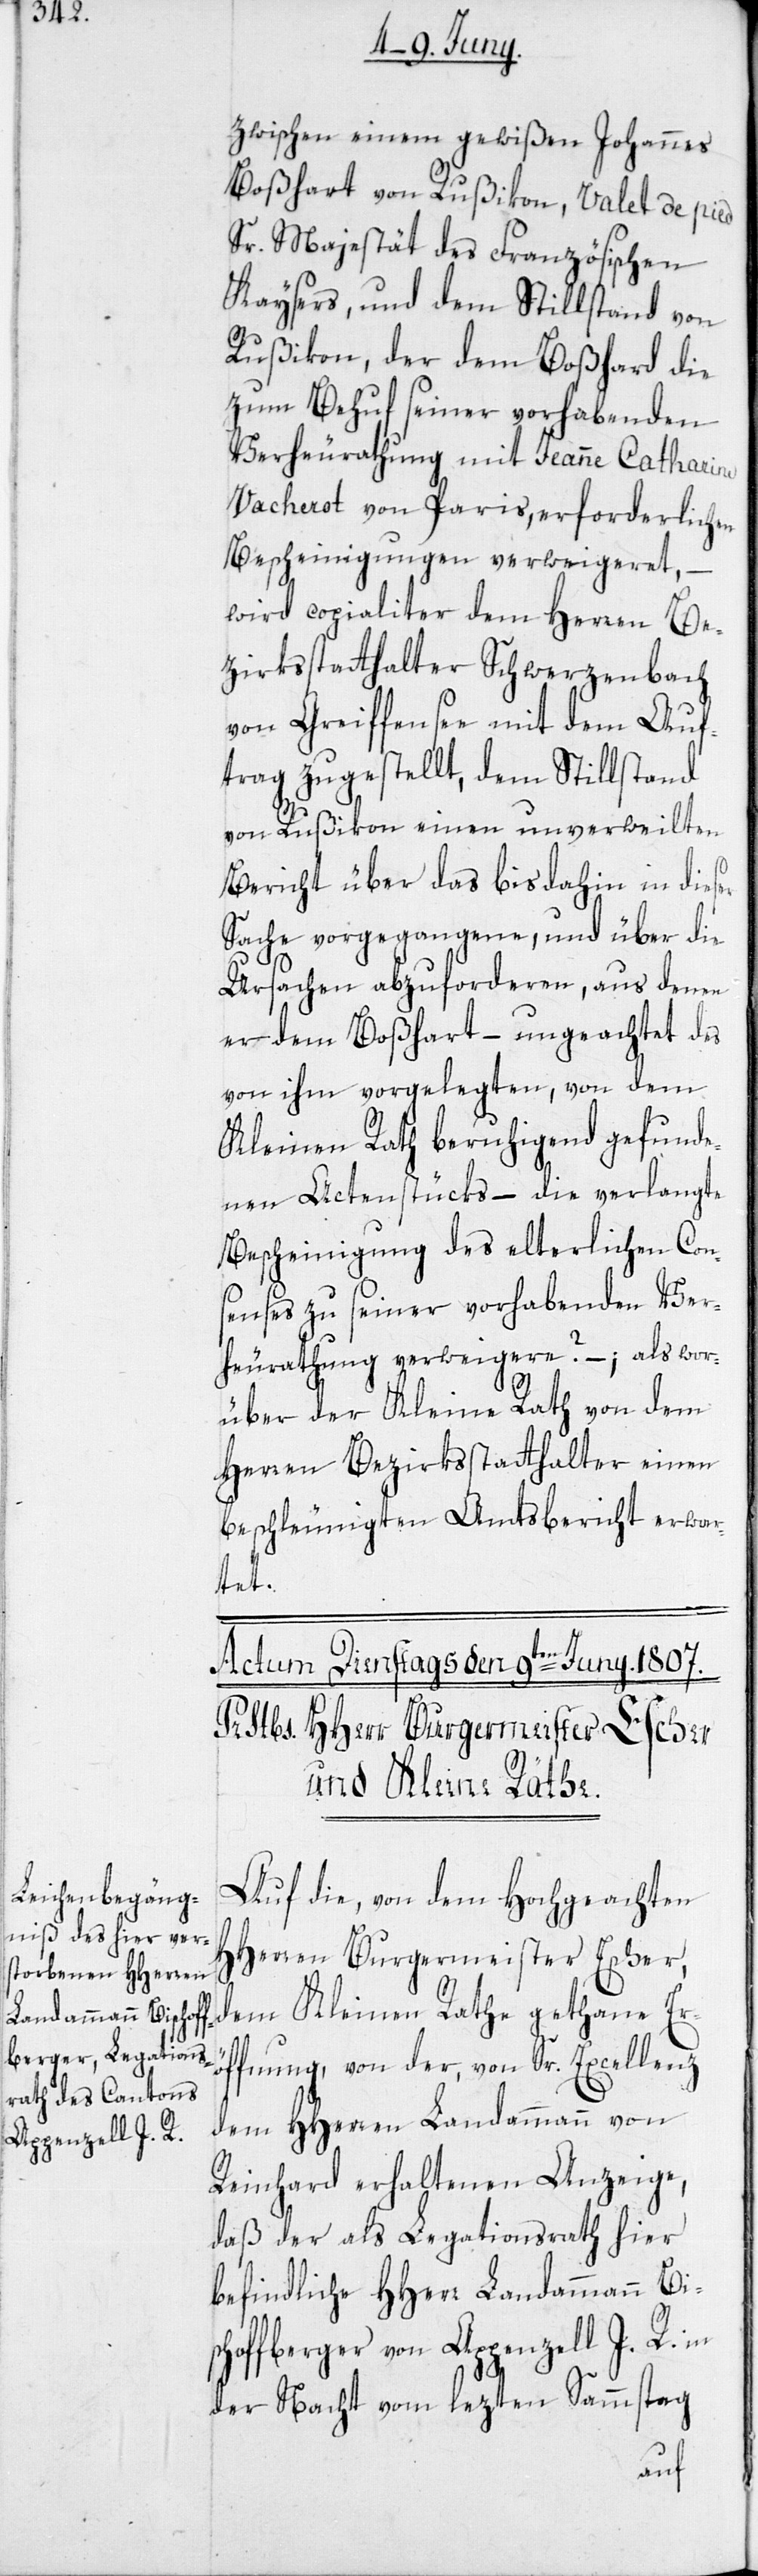
zwischen einem gewißen Johannes
Boßhart von Rußikon, Valet de pied
Sr. Majestät des Französischen
Kaysers, und dem Stillstand von
Rußikon, der dem Boßhard
zum Behuf seiner vorhabenden
Verheurathung mit Jeanne Catharine
Vacherot von Paris, erforderlichen
Bescheinigungen verweigeret, –
wird copialiter dem Herren Be¬
zirksstatthalter Schwerzenbach
von Greiffensee mit dem Auf¬
trag zugestellt, dem Stillstand
von Rußikon einen unverweilten
Bericht über das bis dahin in dieser
Sache vorgegangene, und über die
Ursachen abzuforderen, aus denen
er dem Boßhart – ungeachtet des
von ihm vorgelegten, von dem
Kleinen Rath beruhigend gefunde¬
nen Actenstücks, – die verlangte
Bescheinigung des elterlichen Con¬
senses zu seiner vorhabenden Ver¬
heurathung verweigere? –; als wor¬
über der Kleine Rath von dem
Herren Bezirksstatthalter einen
beschleunigten Amtsbericht erwar¬
tet.
Auf die, von dem Hochgeachten
HHerren Burgermeister Escher,
dem Kleinen Rathe gethane Er¬
öffnung, von der, von Sr. Excellenz
dem HHerren Landammann von
Reinhard erhaltenen Anzeige,
daß der als Legationsrath hier
befindliche HHerr Landammann Bis¬
choffberger von Appenzell I. R. in
der Nacht vom lezten Sammstag